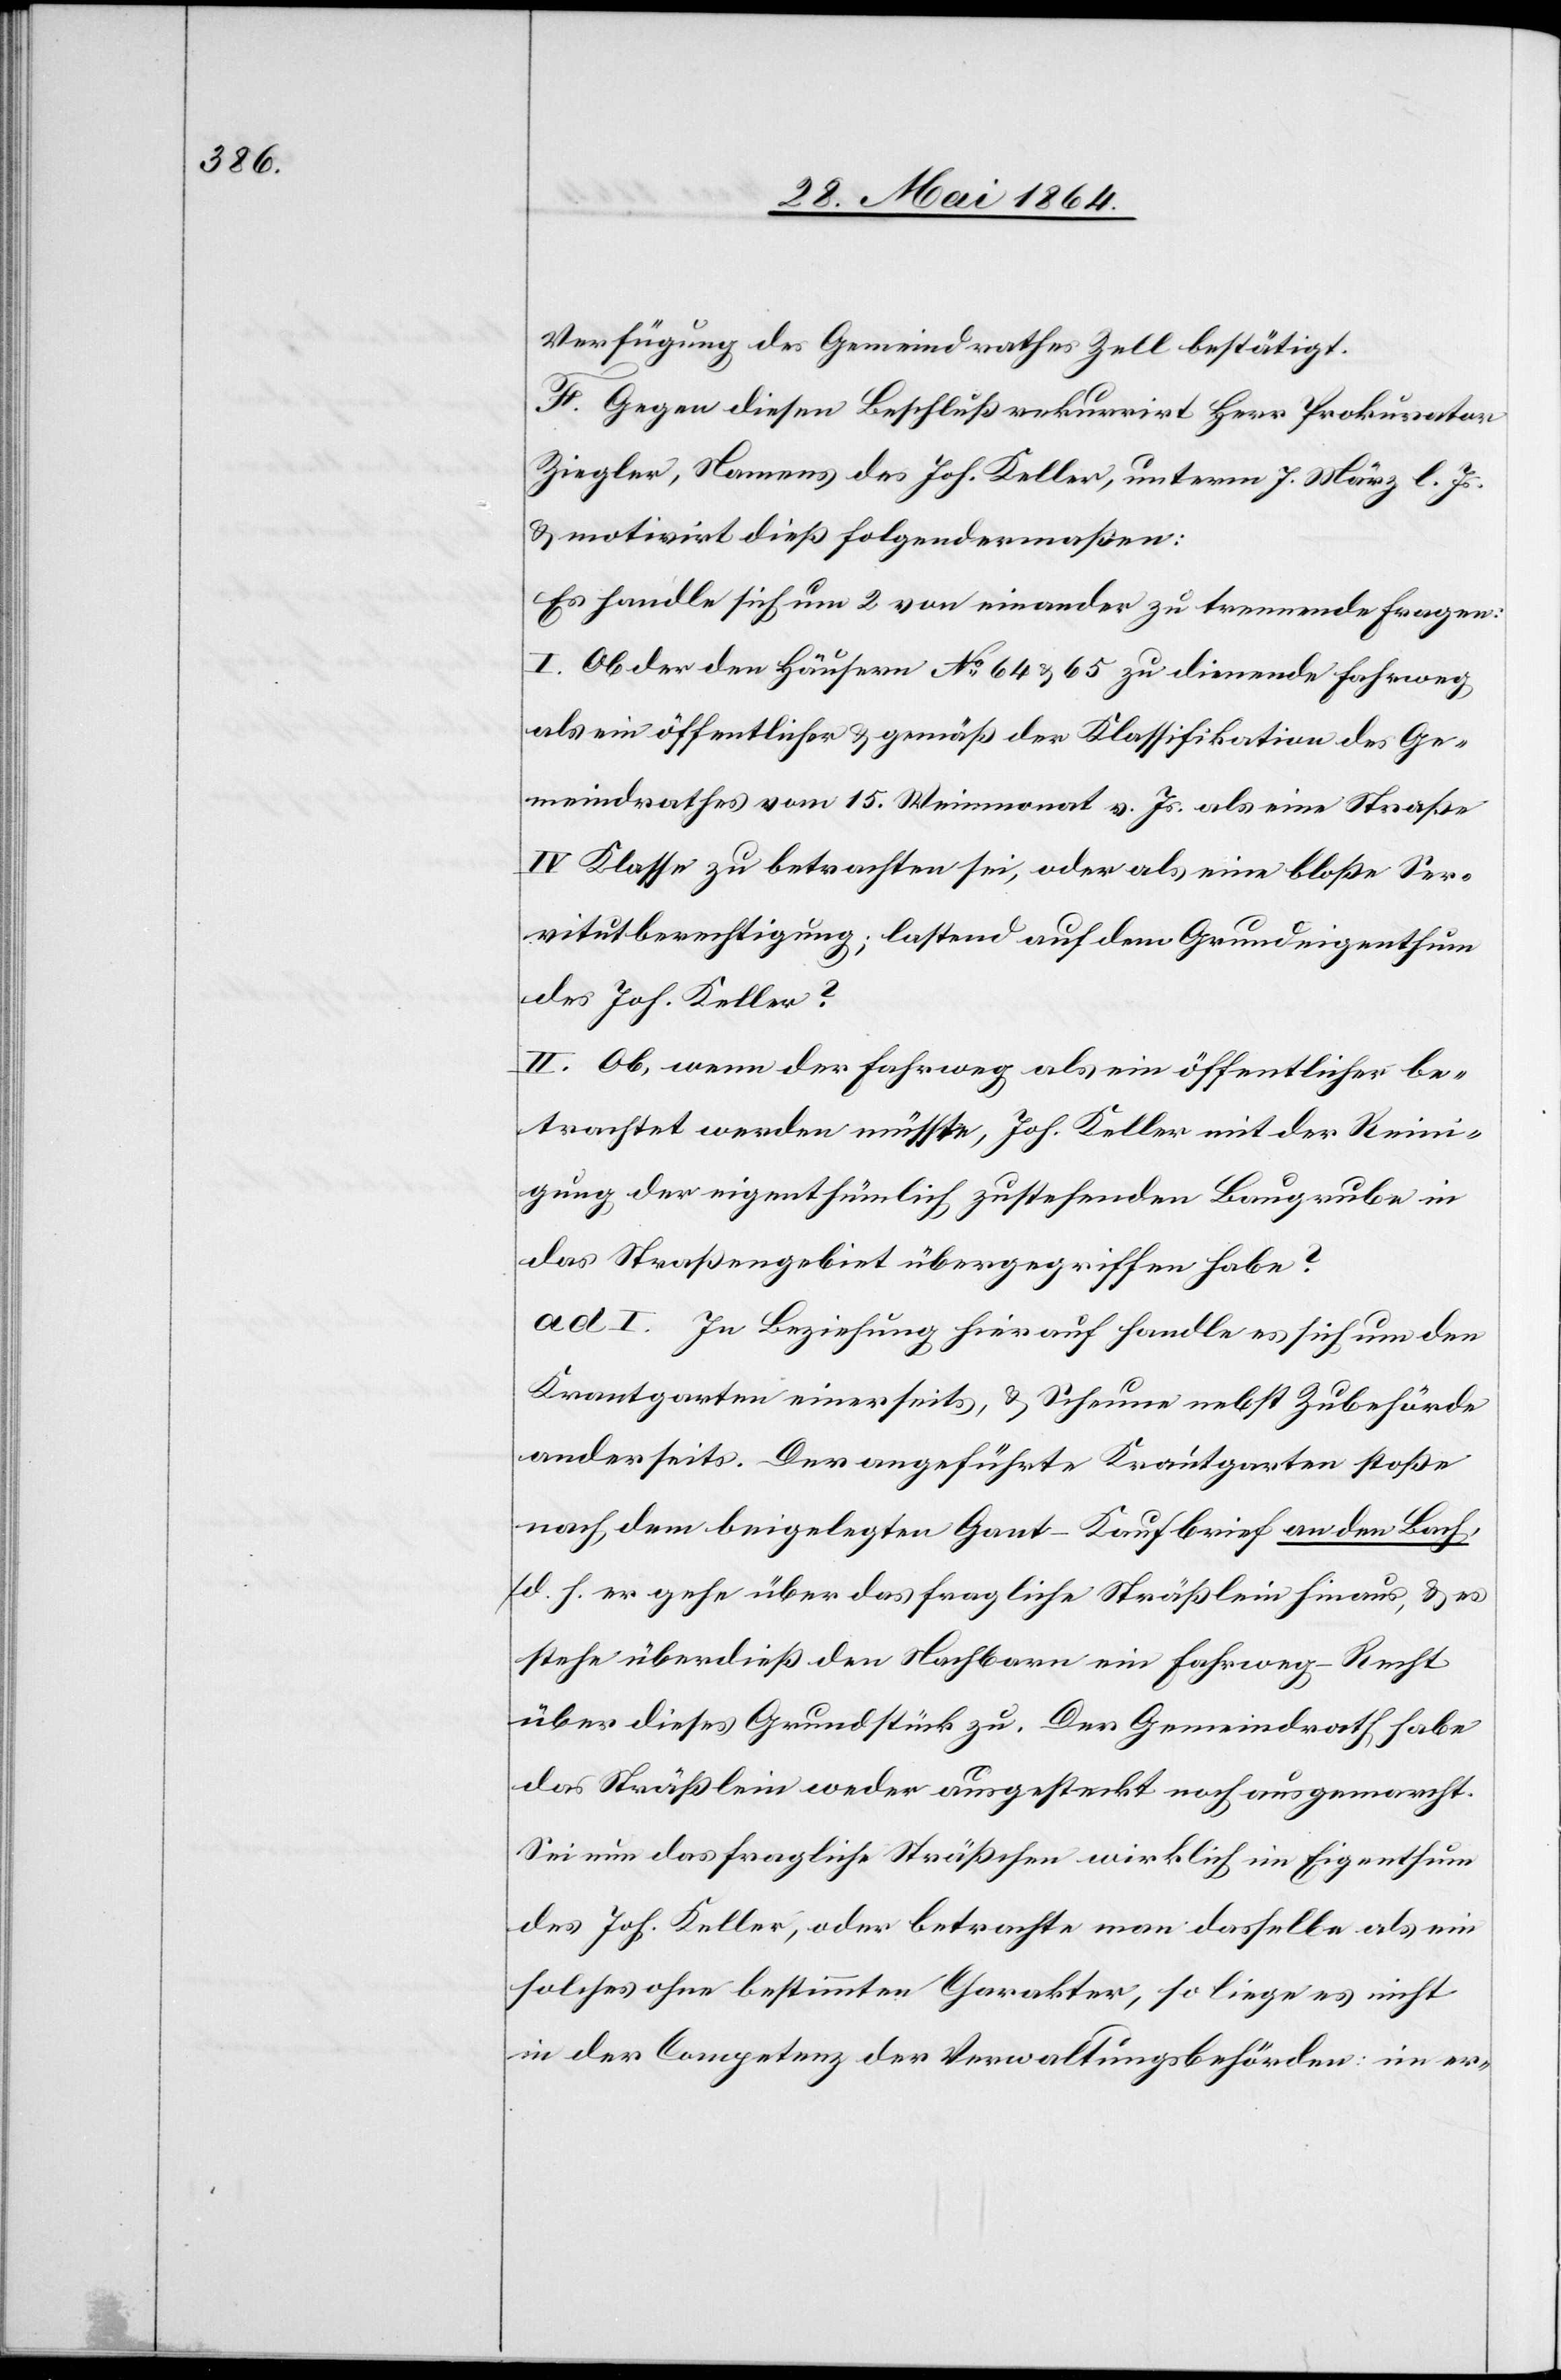
Verfügung des Gemeindrathes Zell bestätigt.
F. Gegen diesen Beschluß rekurrirt Herr Prokurator
Ziegler, Namens des Joh. Keller, unterm 7. März l. Js.
u. motivirt dieß folgendermaßen:
Es handle sich um 2 von einander zu trennende Fragen:
I. Ob der den Häusern No 64 u. 65 zu dienende Fahrweg
als ein öffentlicher u. gemäß der Klassifikation des Ge¬
meindrathes vom 15. Weinmonat v. Js. als eine Straße
IV Klasse zu betrachten sei, oder als eine bloße Ser¬
vitutberechtigung; lastend auf dem Grundeigenthum
des Joh. Keller?
II. Ob, wenn der Fahrweg als ein öffentlicher be¬
trachtet werden müsste, Joh. Keller mit der Reini¬
gung der eigenthümlich zustehenden Baugrube in
das Straßengebiet übergegriffen habe?
ad I. In Beziehung hierauf handle es sich um den
Krautgarten einerseits, u. Scheune nebst Zubehörde
anderseits. Der angeführte Krautgarten stoße
nach dem beigelegten Gant-Kaufbrief an den Bach,
d. h. er gehe über das fragliche Sträßlein hinaus, u. es
stehe überdieß den Nachbarn ein Fahrweg-Recht
über dieses Grundstück zu. Der Gemeindrath habe
das Sträßlein weder ausgesteckt noch ausgemarcht.
Sei nun das fragliche Sträßchen wirklich im Eigenthum
des Joh. Keller, oder betrachte man dasselbe als ein
solches ohne bestimmten Charakter, so liege es nicht
in der Competenz der Verwaltungsbehörden: im er-